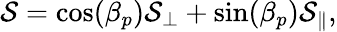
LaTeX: \mathcal{S}=\cos(\beta_{p})\mathcal{S}_{\perp}+\sin(\beta_{p})\mathcal{S}_{\parallel},